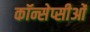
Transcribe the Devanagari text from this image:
कॉन्सेप्सीओं